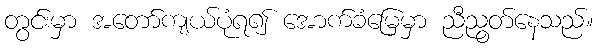
တွင်းမှာ အတော်ကျယ်ပုံရ၍ အောက်ခံမြေမှာ ညီညွတ်နေသည်။